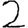
Digit: 2